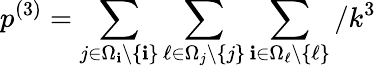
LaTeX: p^{(3)}=\sum_{j\in\Omega_{\mathbf{i}}\backslash\{ \mathbf{i}\} }\sum_{\ell\in\Omega_{j}\backslash\{ j\} }\sum_{\mathbf{i}\in\Omega_{\ell}\backslash\{ \ell\} }/k^{3}